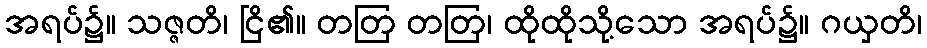
အရပ်၌။ သဇ္ဇတိ၊ ငြိ၏။ တတြ တတြ၊ ထိုထိုသို့သော အရပ်၌။ ဂယှတိ၊